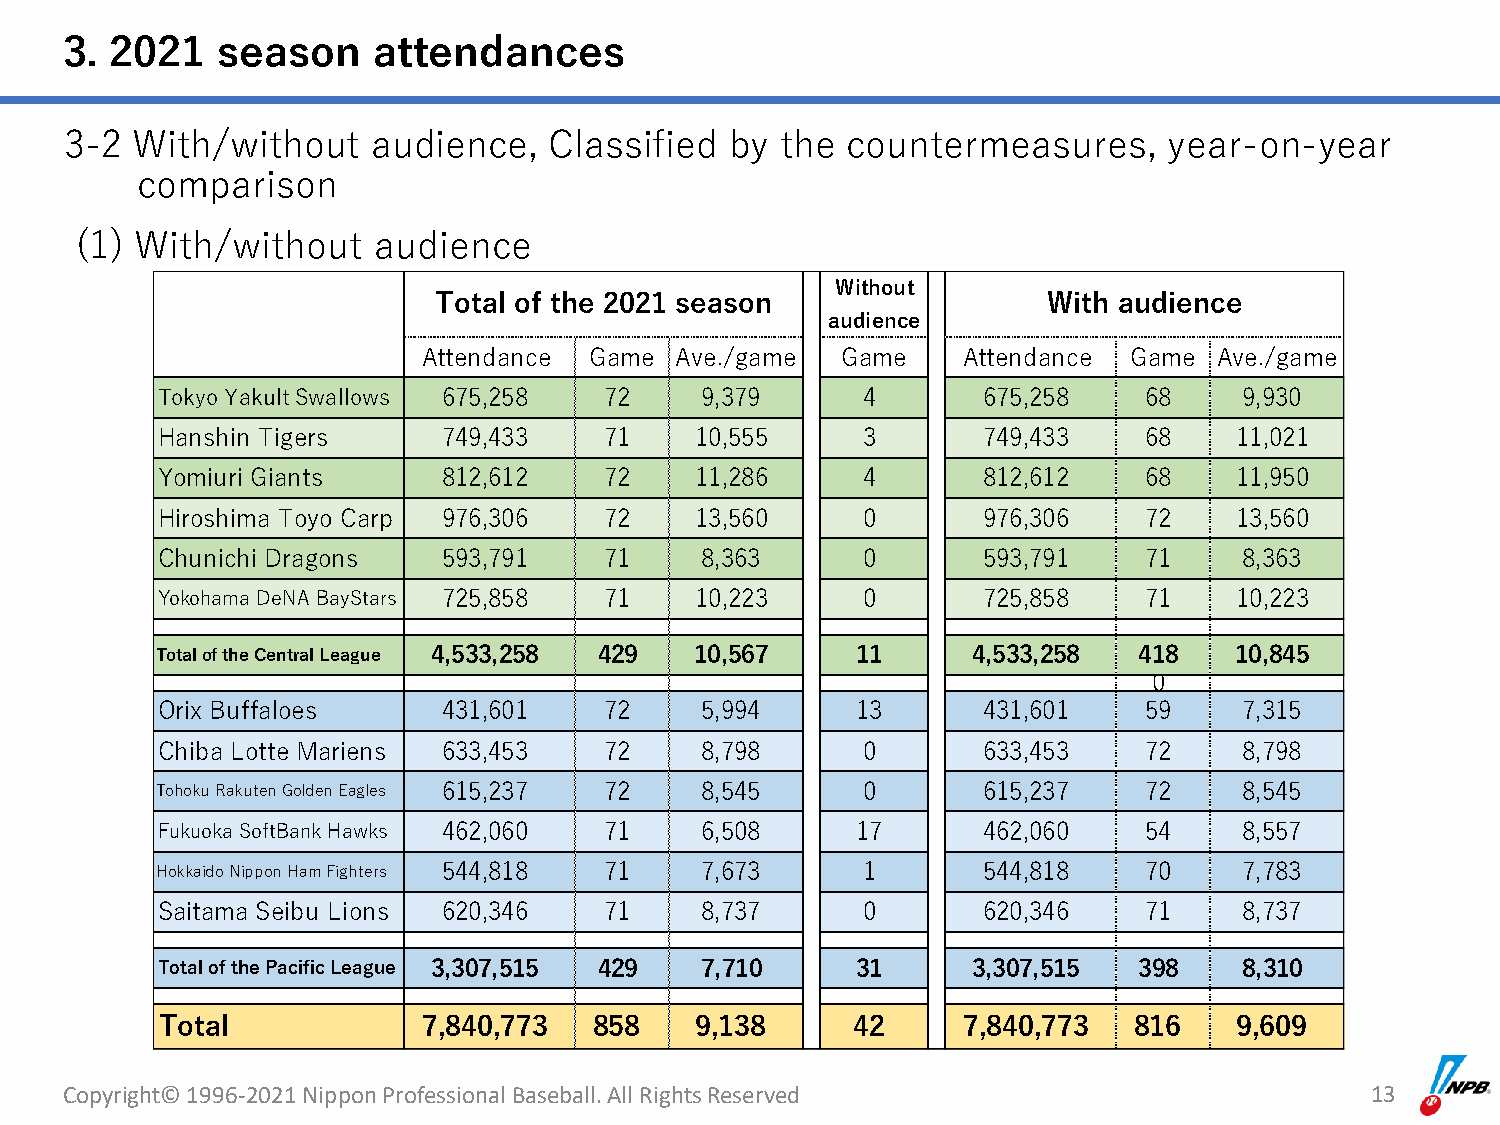
3. 2021   season     attendances
 3-2  With/without    audience,  Classified  by  the countermeasures,     year-on-year
 comparison
 (1) With/without    audience
 Without
 Total of the 2021 season                With audience
 audience
 Attendance Game  Ave./game  Game    Attendance Game  Ave./game
 Tokyo Yakult Swallows 675,258 72    9,379      4       675,258    68    9,930
 Hanshin Tigers     749,433    71    10,555     3       749,433    68    11,021
 Yomiuri Giants     812,612    72    11,286     4       812,612    68    11,950
 Hiroshima Toyo Carp 976,306   72    13,560     0       976,306    72    13,560
 Chunichi Dragons   593,791    71    8,363      0       593,791    71    8,363
 Yokohama DeNA BayStars 725,858 71   10,223     0       725,858    71    10,223
 Total of the Central League 4,533,258 429 10,567 11   4,533,258  418    10,845
 0
 Orix Buffaloes     431,601    72    5,994      13      431,601    59    7,315
 Chiba Lotte Mariens 633,453   72    8,798      0       633,453    72    8,798
 Tohoku Rakuten Golden Eagles 615,237 72 8,545  0       615,237    72    8,545
 Fukuoka SoftBank Hawks 462,060 71   6,508      17      462,060    54    8,557
 Hokkaido Nippon Ham Fighters 544,818 71 7,673  1       544,818    70    7,783
 Saitama Seibu Lions 620,346   71    8,737      0       620,346    71    8,737
 Total of the Pacific League 3,307,515 429 7,710 31    3,307,515  398    8,310
 Total            7,840,773  858    9,138      42     7,840,773  816    9,609
 Copyright© 1996-2021 Nippon Professional Baseball. All Rights Reserved                 13